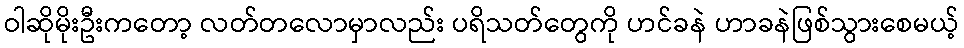
ဝါဆိုမိုးဦးကတော့ လတ်တလောမှာလည်း ပရိသတ်တွေကို ဟင်ခနဲ ဟာခနဲဖြစ်သွားစေမယ့်